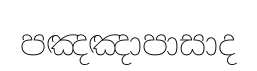
පඤඤාපාසාද